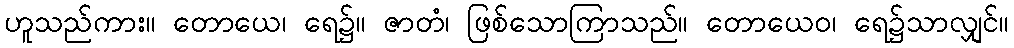
ဟူသည်ကား။ တောယေ၊ ရေ၌။ ဇာတံ၊ ဖြစ်သောကြာသည်။ တောယေဝ၊ ရေ၌သာလျှင်။